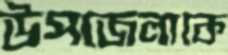
উপজেলাকে